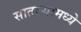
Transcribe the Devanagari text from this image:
सातार्‍यामध्ये